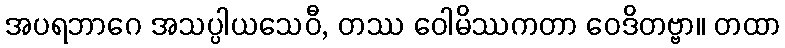
အပရဘာဂေ အသပ္ပါယသေဝီ, တဿ ဝေါမိဿကတာ ဝေဒိတဗ္ဗာ။ တထာ